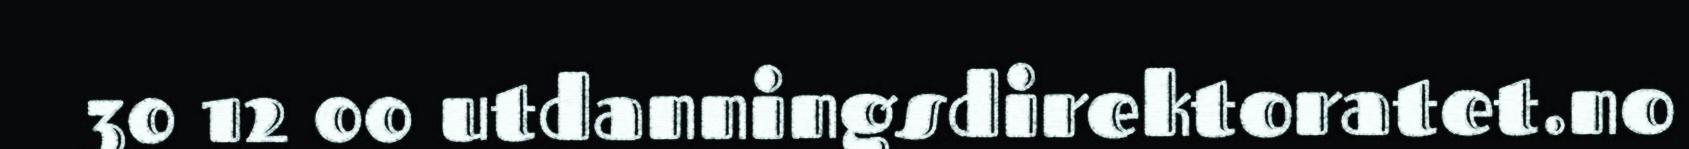
30 12 00 utdanningsdirektoratet.no